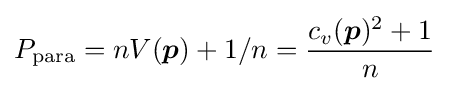
P_{\mathrm {para} }=nV({\boldsymbol {p}})+1/n={\frac {c_{v}({\boldsymbol {p}})^{2}+1}{n}}